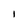
Character: I